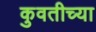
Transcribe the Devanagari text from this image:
कुवतीच्या